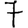
Digit: 7